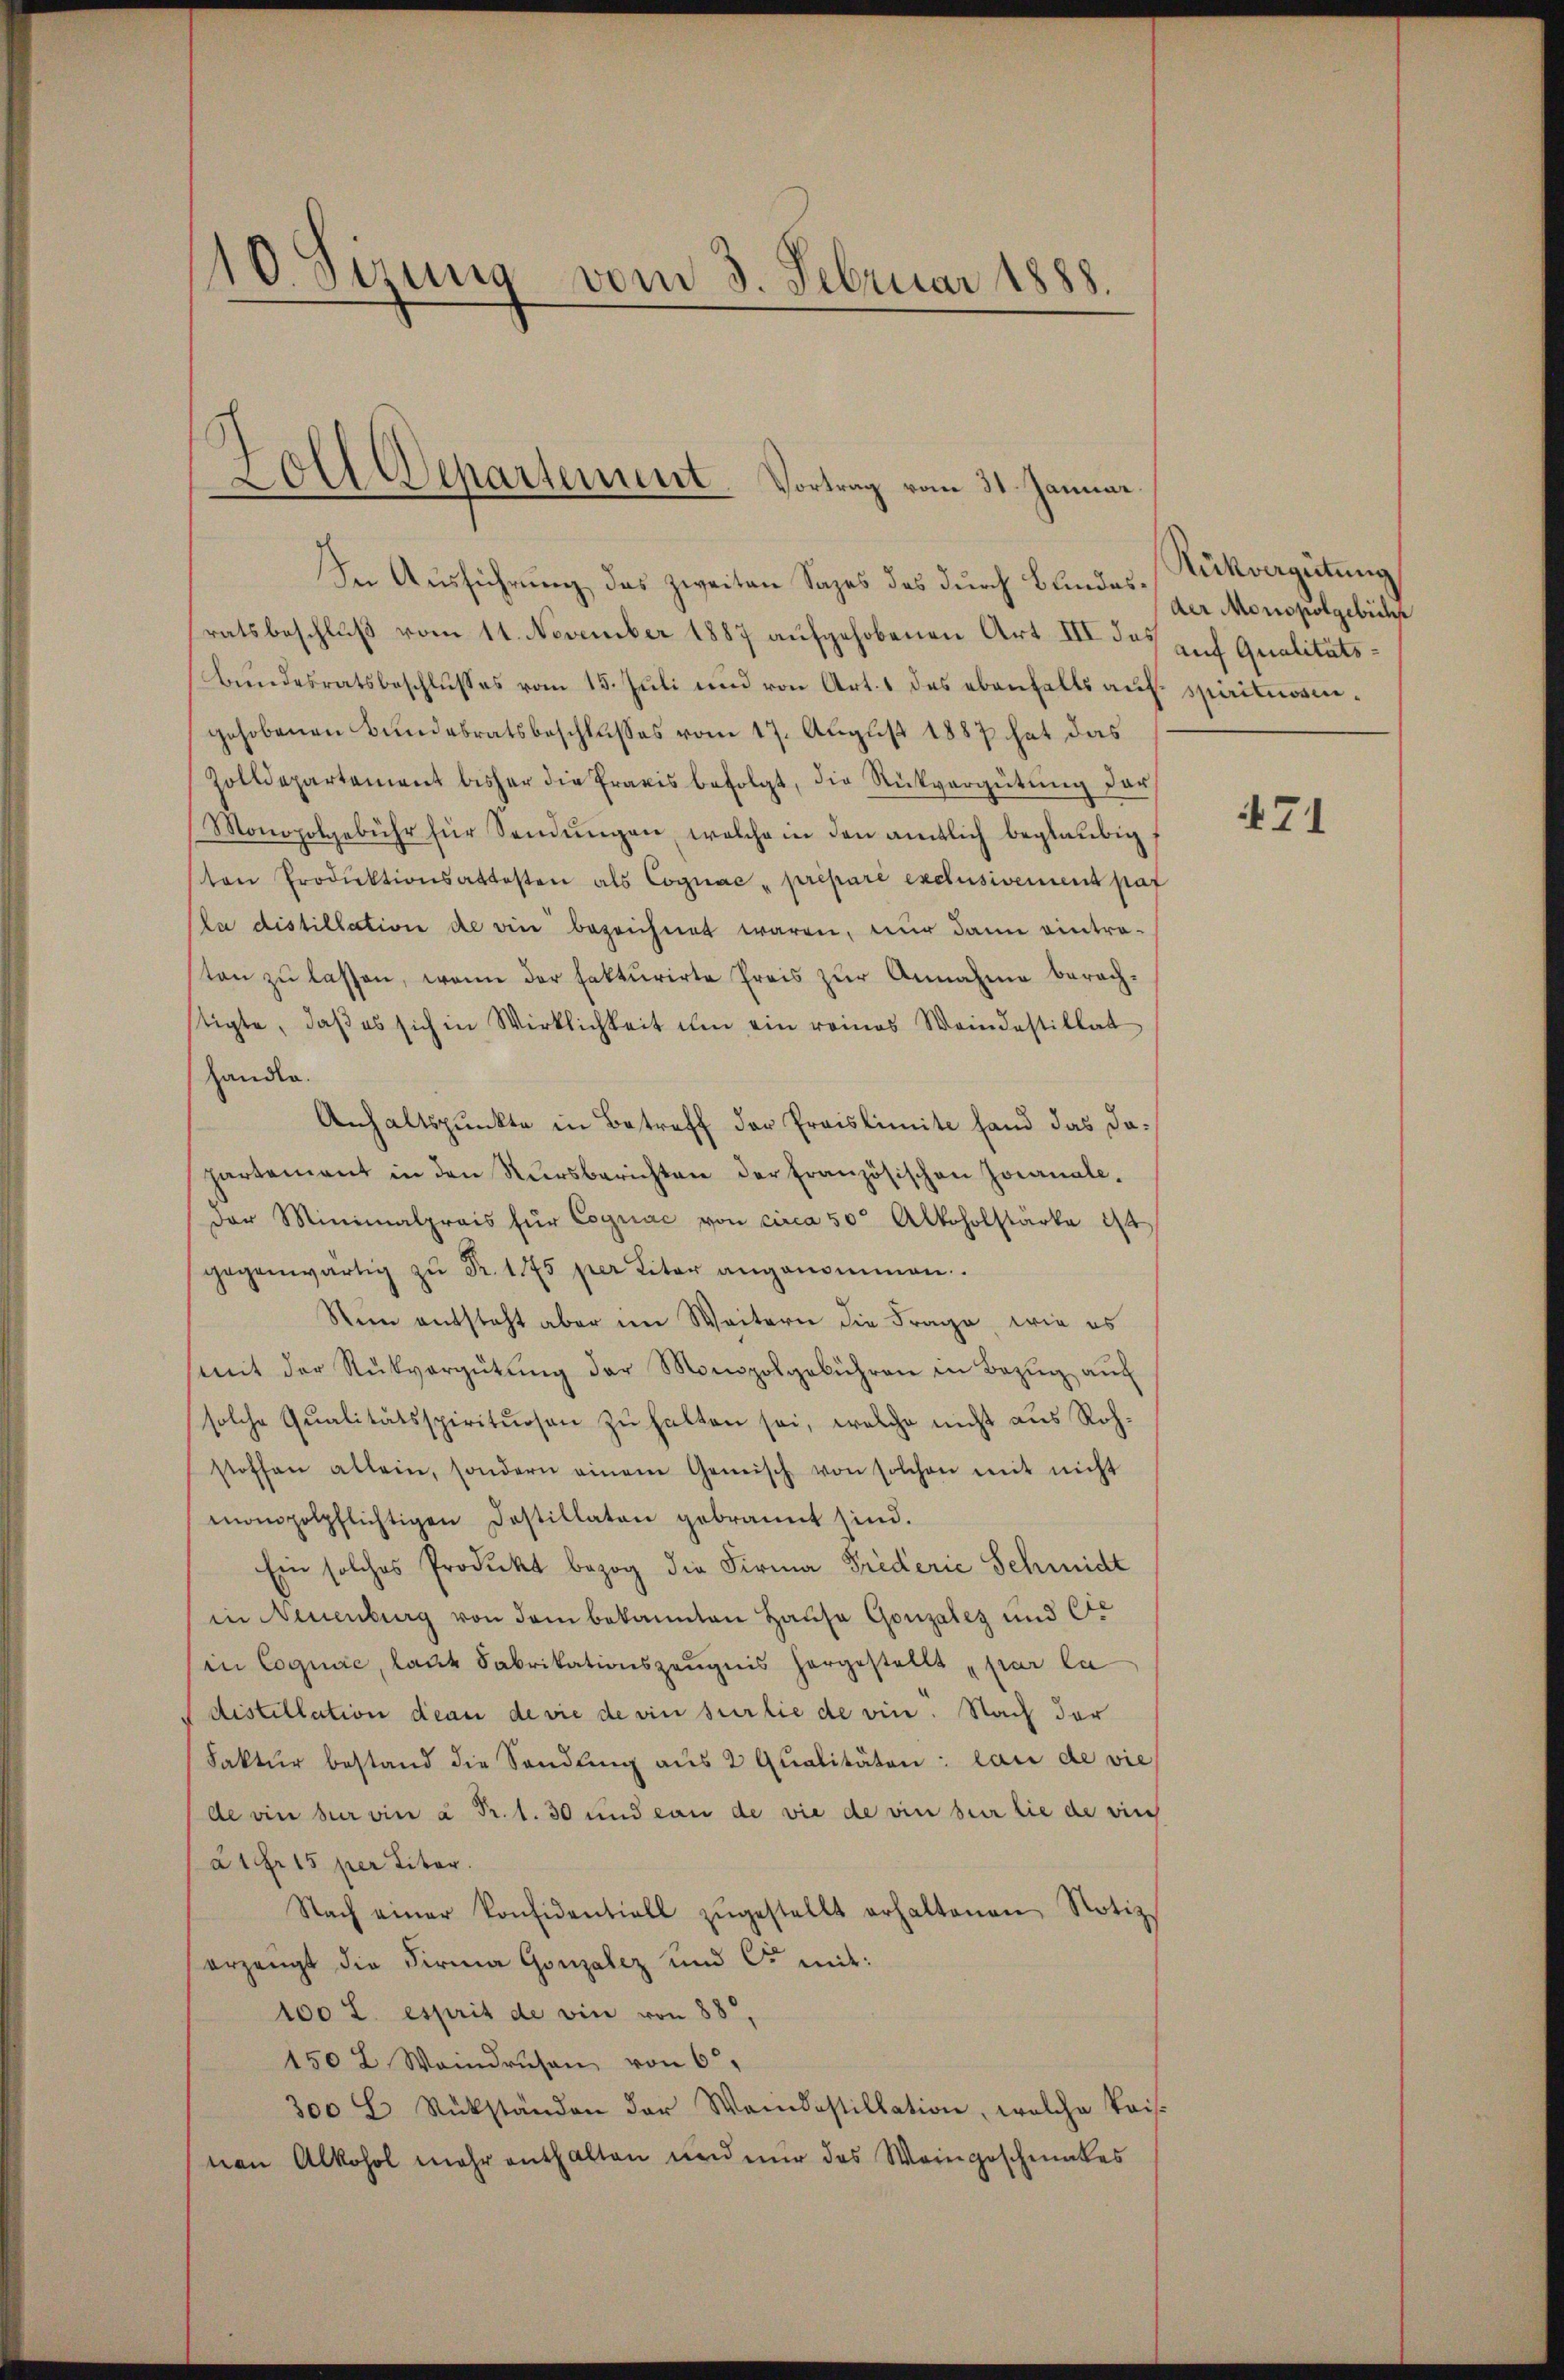
10 Sirung vom 3. Februar 1888.

Oll Departement. Vortrag vom 31. Januar

In Ausführung das zweiten Sages des durch Bundesratsbeschluß vom 11. November 1887 aufgehobenen Art III des auf Qualitäts¬
Bundesratsbeschlusses vom 15. Juli und von Art. 1 des ebenfalls auf spiritiengehobenen Bundesratsbeschlusses vom 17. August 1887 hat das
Zolldepartement bisher die Praxis befolgt, die Rückvergütŭng dar
Monopolgebühr für Sendŭngen, welche in den amtlich beglaubig
ton Produktionsaktesten als Cognac „préparé exclusivement pat
la distillation de die bezeichnet waren, nur dann eintra-
ten zŭ lassen, wenn der fakturirte Preis zŭr Annahme berachtigte, daβ es sich in Wirklichkeit ŭm ein reines Weindestillat
Handle.
Anhaltspunkte in Betreff der Preislimite fand das dapartement in den Kursberichten der französischen Journaleder Minimalpreis für Cogniac von circa 50 Alkoholstärke ist
gegenwärtig zŭ Fr. 175 per Liter angenommen.
Sinn entsteht aber im Weitern die Frage, wie es
mit der Rückvergütŭng der Monopolgebühren in Bezŭg aŭf
solche Qualitätsspirituosen zŭ halten sei, welche nicht aus Roh-
stoffen allein, sondern einem Gemisch von solchen mit nicht
monopolpflichtigen Dostillaten gebrannt sind.
Ein solches Produkt bezog die Firma Friderie Schmidt
in Neuenburg von dem bekannten Hause Gonzales und Co
in Cognac, laut Fabrikationszeugnis hergestellt par la
distillation deau de vie de ein surtie de vin. Nach der
Faktur bestand die Sandlung aŭs 2 Qualitäten lau de vie
de vin hervie à Fr. 1. 30 und von de wie de vin beir die de sich
à 1 Fr. 15 per Liter.
Nach einer Konsidentiell zŭgestellt erhaltenen Notiz
erzeugt die Firma Gonzalez und C. mit:
100 l. esprit de vin von 88,
1502 Waindrüsen von 6.
300 E Rükständen der Waidastillation, welche kais.
ten Alkohol mehr enthalten und nur das Weingeschmakes

Rükvergütung
der Monspolgebüchs

71